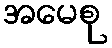
အမေစု